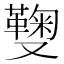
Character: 𠮑